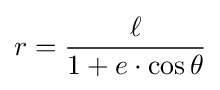
r={\frac {\ell }{1+e\cdot \cos \theta }}